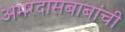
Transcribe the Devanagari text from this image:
अमरदासबाबांची